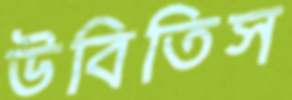
উবিতিস